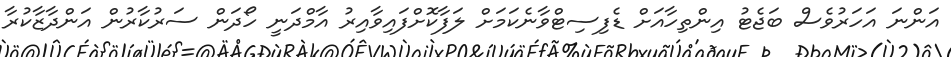
އަންނަ އަހަރުވެސް ބަޖެޓު އިންތިހާއަށް ޑެފިސިޓްވާނެކަމަށް ލަފާކޮށްފައިވާއިރު އާމްދަނީ ހޯދަން ސަރުކާރުން އަންދާޒާކުރާ